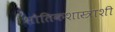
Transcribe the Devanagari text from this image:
भौतिकशास्त्राशी